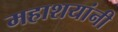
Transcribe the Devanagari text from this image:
महाशयांनी